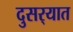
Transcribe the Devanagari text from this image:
दुसर्‍यात